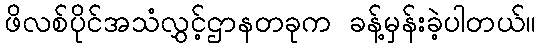
ဖိလစ်ပိုင်အသံလွှင့်ဌာနတခုက ခန့်မှန်းခဲ့ပါတယ်။